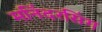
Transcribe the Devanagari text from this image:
मनिंदरसिंग